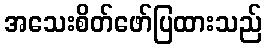
အသေးစိတ်ဖော်ပြထားသည်